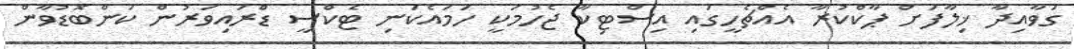
ގަވާއިދާ ޚިލާފަށް ޕާކްކުރާ އެއްޗެހީގައި އިސްޓިކާ ޖެހުމަކީ ހަމައެކަނި ޓެކްސީ ޑްރައިވަރުން ކަންބޮޑުވާން